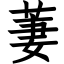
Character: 萋